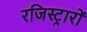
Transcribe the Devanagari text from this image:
रजिस्ट्रारों